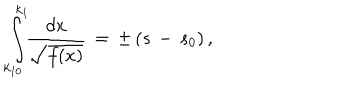
\int _ { k _ { 1 0 } } ^ { k _ { 1 } } \! \! \frac { d x } { \sqrt { f ( x ) } } \, = \, \pm \, ( s \, - \, s _ { 0 } ) \, { , }